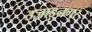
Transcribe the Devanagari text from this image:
उजाड़नगर